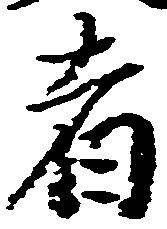
者